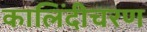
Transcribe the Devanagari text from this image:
कालिंदीचरण